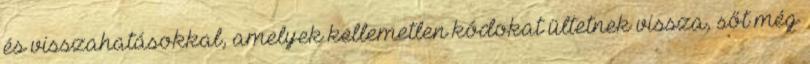
és visszahatásokkal, amelyek kellemetlen kódokat ültetnek vissza, sőt még